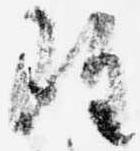
雖